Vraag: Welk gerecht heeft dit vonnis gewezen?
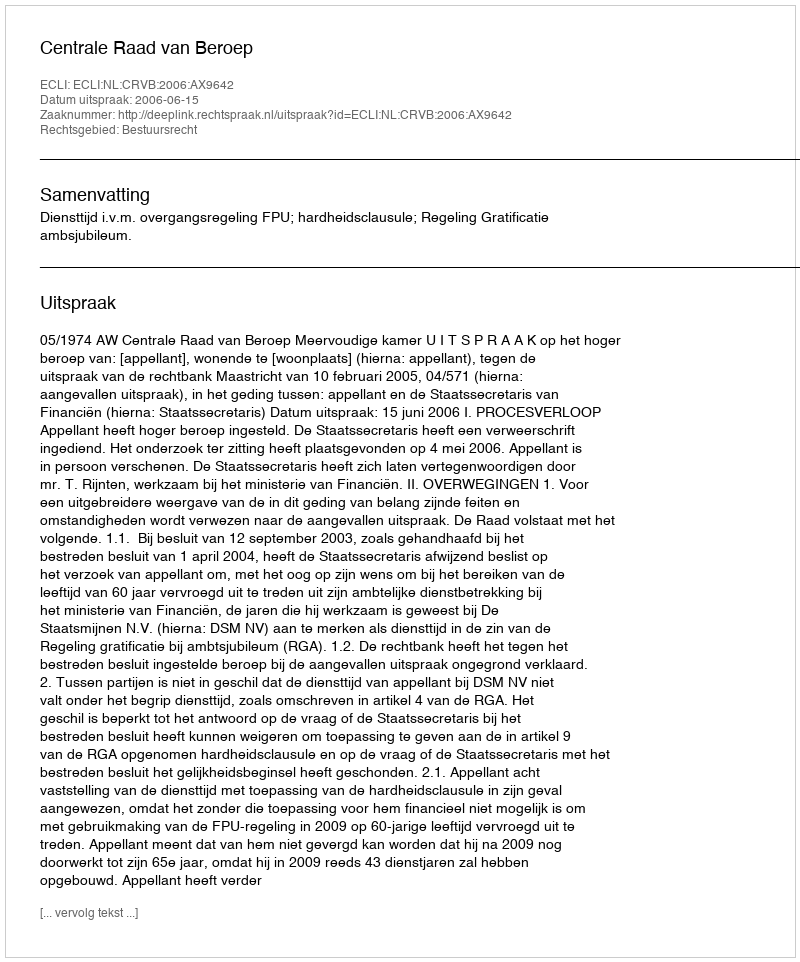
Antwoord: Centrale Raad van Beroep